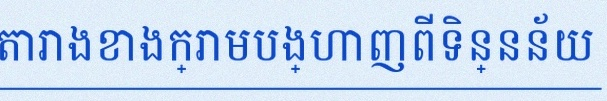
តារាងខាងក្រោមបង្ហាញពីទិន្នន័យ